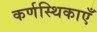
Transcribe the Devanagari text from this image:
कर्णस्थिकाएँ